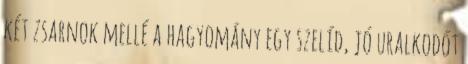
két zsarnok mellé a hagyomány egy szelíd, jó uralkodót